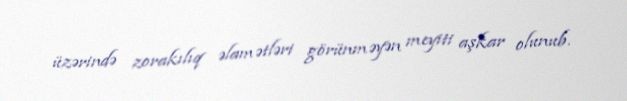
üzərində zorakılıq əlamətləri görünməyən meyiti aşkar olunub.